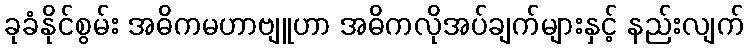
ခုခံနိုင်စွမ်း အဓိကမဟာဗျူဟာ အဓိကလိုအပ်ချက်များနှင့် နည်းလျက်